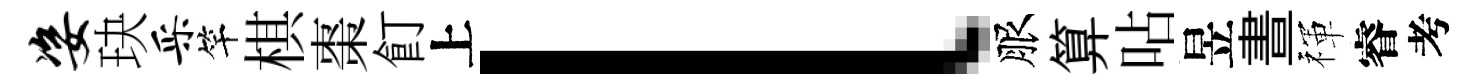
姿玦采竿棋棗飣上l服算呫昱晝禈睿考